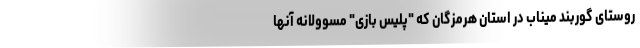
روستای گوربند میناب در استان هرمزگان که "پلیس بازی" مسوولانه آنها